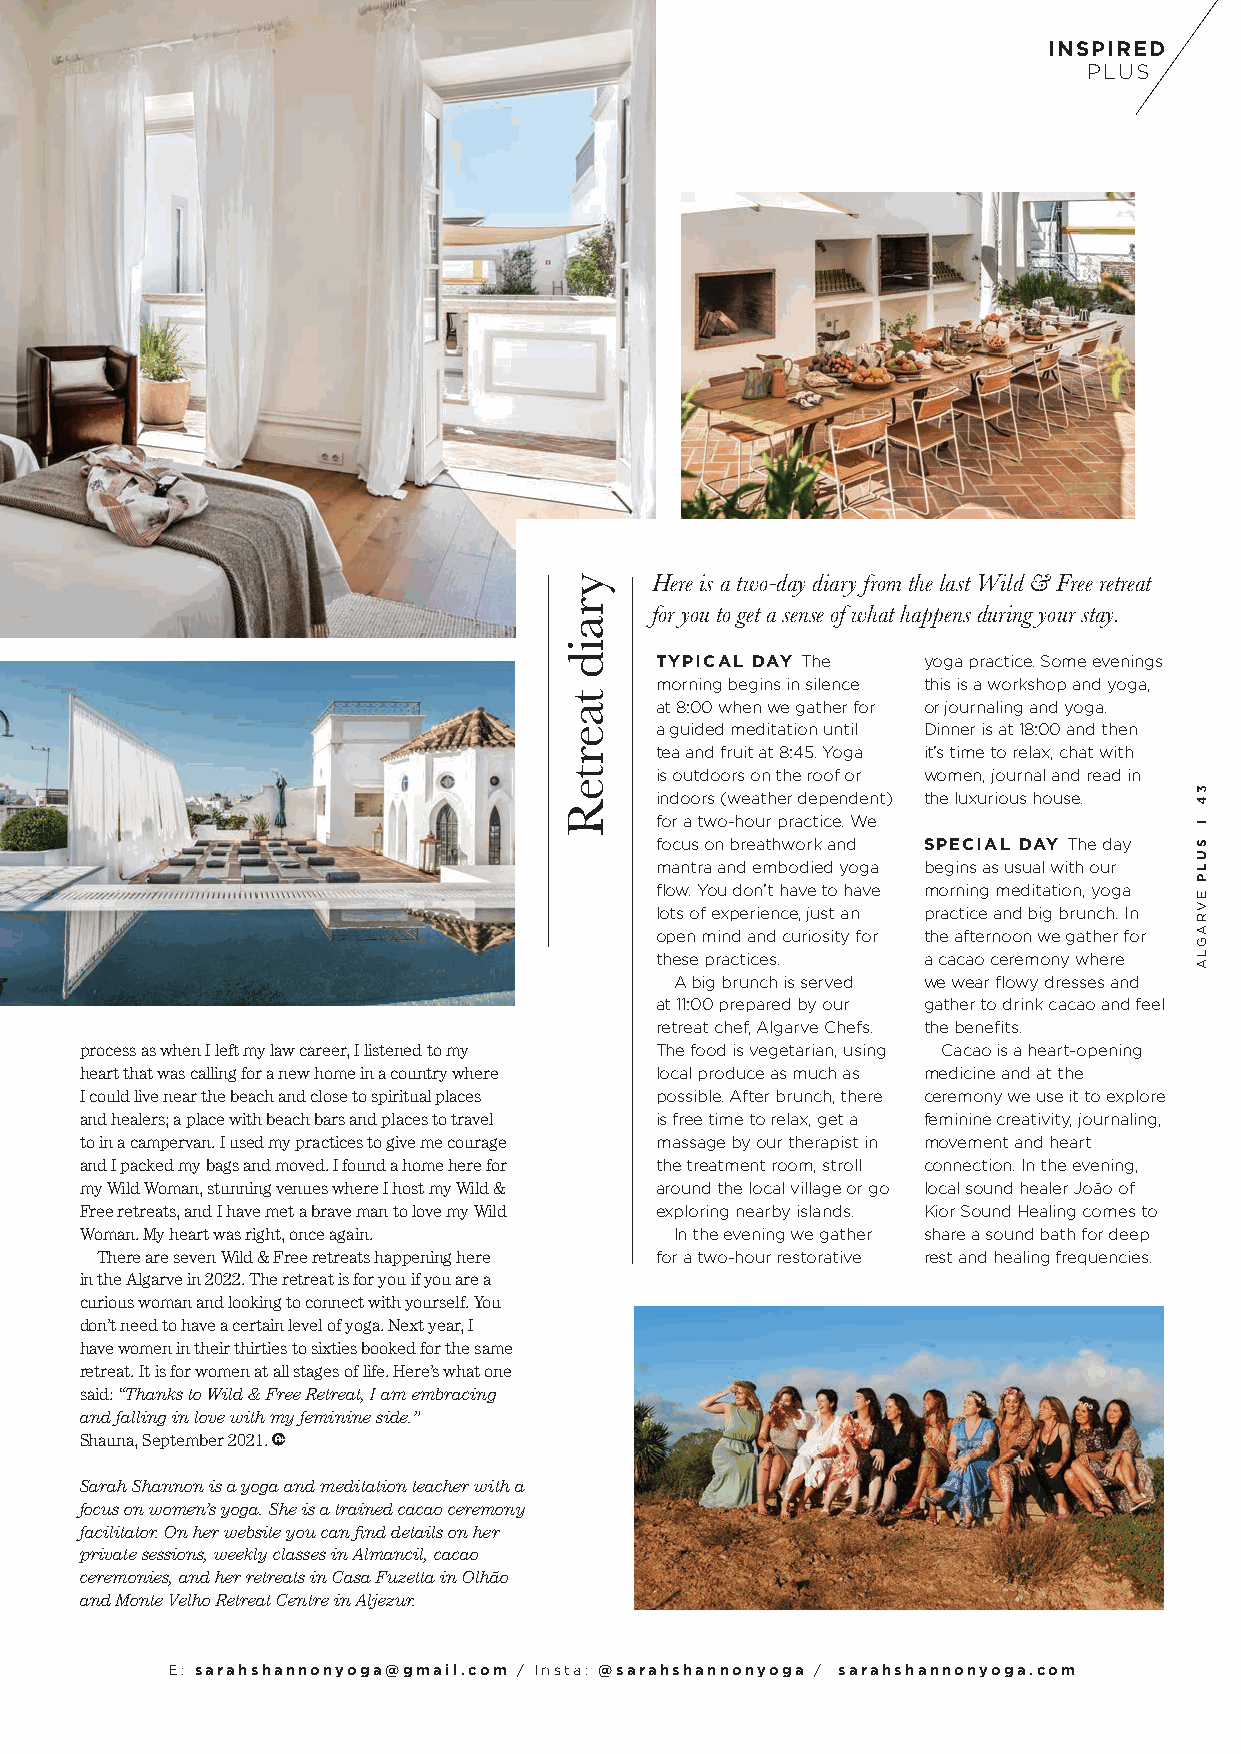
INSPIRED
 PLUS
 Here is a two-day diary from the last Wild & Free retreat
 for you to get a sense of what happens during your stay.
 TYPICAL DAY The   yoga practice. Some evenings
 morning begins in silence this is a workshop and yoga,
 at 8:00 when we gather for or journaling and yoga.
 a guided meditation until Dinner is at 18:00 and then
 tea and fruit at 8:45. Yoga it’s time to relax, chat with
 is outdoors on the roof or women, journal and read in
 indoors (weather dependent) the luxurious house.
 for a two-hour practice. We
 focus on breathwork and SPECIAL DAY The day
 mantra and embodied yoga begins as usual with our
 flow. You don’t have to have morning meditation, yoga
 lots of experience, just an practice and big brunch. In
 open mind and curiosity for the afternoon we gather for
 these practices.  a cacao ceremony where
 A big brunch is served we wear flowy dresses and
 at 11:00 prepared by our gather to drink cacao and feel
 retreat chef, Algarve Chefs. the benefits.
 process as when I left my law career, I listened to my The food is vegetarian, using Cacao is a heart-opening
 heart that was calling for a new home in a country where local produce as much as medicine and at the
 I could live near the beach and close to spiritual places possible. After brunch, there ceremony we use it to explore
 and healers; a place with beach bars and places to travel is free time to relax, get a feminine creativity, journaling,
 to in a campervan. I used my practices to give me courage massage by our therapist in movement and heart
 and I packed my bags and moved. I found a home here for the treatment room, stroll connection. In the evening,
 my Wild Woman, stunning venues where I host my Wild & around the local village or go local sound healer João of
 Free retreats, and I have met a brave man to love my Wild exploring nearby islands. Kior Sound Healing comes to
 Woman. My heart was right, once again.  In the evening we gather share a sound bath for deep
 There are seven Wild & Free retreats happening here for a two-hour restorative rest and healing frequencies.
 in the Algarve in 2022. The retreat is for you if you are a
 curious woman and looking to connect with yourself. You
 don’t need to have a certain level of yoga. Next year, I
 have women in their thirties to sixties booked for the same
 retreat. It is for women at all stages of life. Here’s what one
 said: “Thanks to Wild & Free Retreat, I am embracing
 and falling in love with my feminine side.”
 Shauna, September 2021.
 Sarah Shannon is a yoga and meditation teacher with a
 focus on women’s yoga. She is a trained cacao ceremony
 facilitator. On her website you can find details on her
 private sessions, weekly classes in Almancil, cacao
 ceremonies, and her retreats in Casa Fuzetta in Olhão
 and Monte Velho Retreat Centre in Aljezur.
 E: sarahshannonyoga@gmail.com / Insta: @sarahshannonyoga / sarahshannonyoga.com
 yraid
 taerteR
 34
 l
 SULP
 EVRAGLA